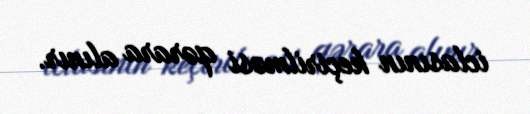
iclasının keçirilməsi qərara alınır.